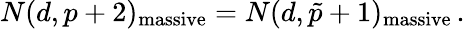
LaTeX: N(d,p+2)_{\mathrm{massive}}=N(d,\tilde{p}+1)_{\mathrm{massive}}\, .